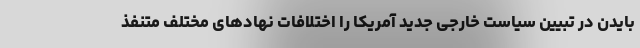
بایدن در تبیین سیاست خارجی جدید آمریکا را اختلافات نهادهای مختلف متنفذ